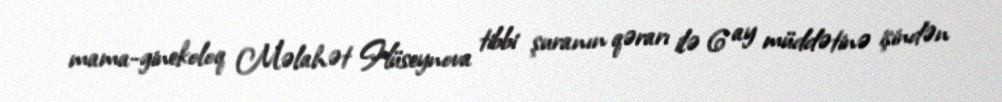
mama-ginekoloq Məlahət Hüseynova tibbi şuranın qərarı ilə 6 ay müddətinə işindən